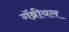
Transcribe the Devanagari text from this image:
गॅब्रीयल